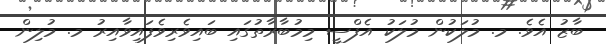
ބާޒު އެވެ. މ. މުލަކުން މުލަކު އެފްސީ މިމުބާރާތުގައި ބައިވެރިވެފައިވާއިރު މ. މުލިން